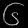
Digit: ၆